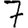
Digit: 7